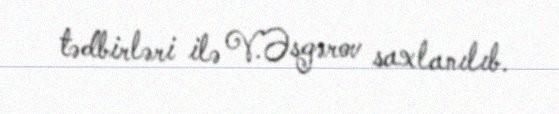
tədbirləri ilə V.Əsgərov saxlanılıb.